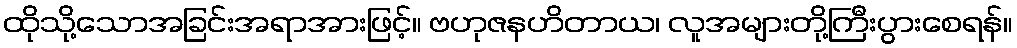
ထိုသို့သောအခြင်းအရာအားဖြင့်။ ဗဟုဇနဟိတာယ၊ လူအများတို့ကြီးပွားစေရန်။